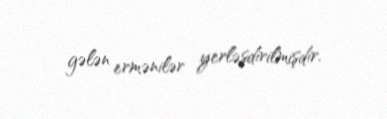
gələn ermənilər yerləşdirilmişdir.